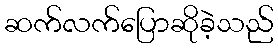
ဆက်လက်ပြောဆိုခဲ့သည်